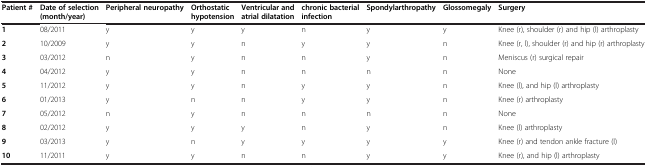
| Patient # | Date of selection (month/year) | Peripheral neuropathy | Orthostatic hypotension | Ventricular and atrial dilatation | chronic bacterial infection | Spondylarthropathy | Glossomegaly | Surgery |
 | --- | --- | --- | --- | --- | --- | --- | --- | --- |
 | 1 | 08/2011 | y | y | y | n | y | y | Knee (r), shoulder (r) and hip (l) arthroplasty |
 | 2 | 10/2009 | y | y | n | y | y | n | Knee (r, l), shoulder (r) and hip (r)arthroplasty |
 | 3 | 03/2012 | n | y | n | n | y | n | Meniscus (r) surgical repair |
 | 4 | 04/2012 | y | y | n | n | n | n | None |
 | 5 | 11/2012 | y | y | n | y | y | n | Knee (l), and hip (l) arthroplasty |
 | 6 | 01/2013 | y | n | n | y | y | n | Knee (r) arthroplasty |
 | 7 | 05/2012 | n | y | n | n | n | n | None |
 | 8 | 02/2012 | y | y | y | n | y | n | Knee (l) arthroplasty |
 | 9 | 03/2013 | y | n | y | y | y | y | Knee (r) and tendon ankle fracture (l) |
 | 10 | 11/2011 | y | y | n | n | y | y | Knee (r), and hip (l) arthroplasty |